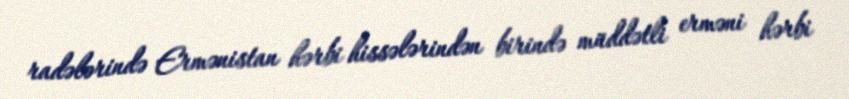
radələrində Ermənistan hərbi hissələrindən birində müddətli erməni hərbi